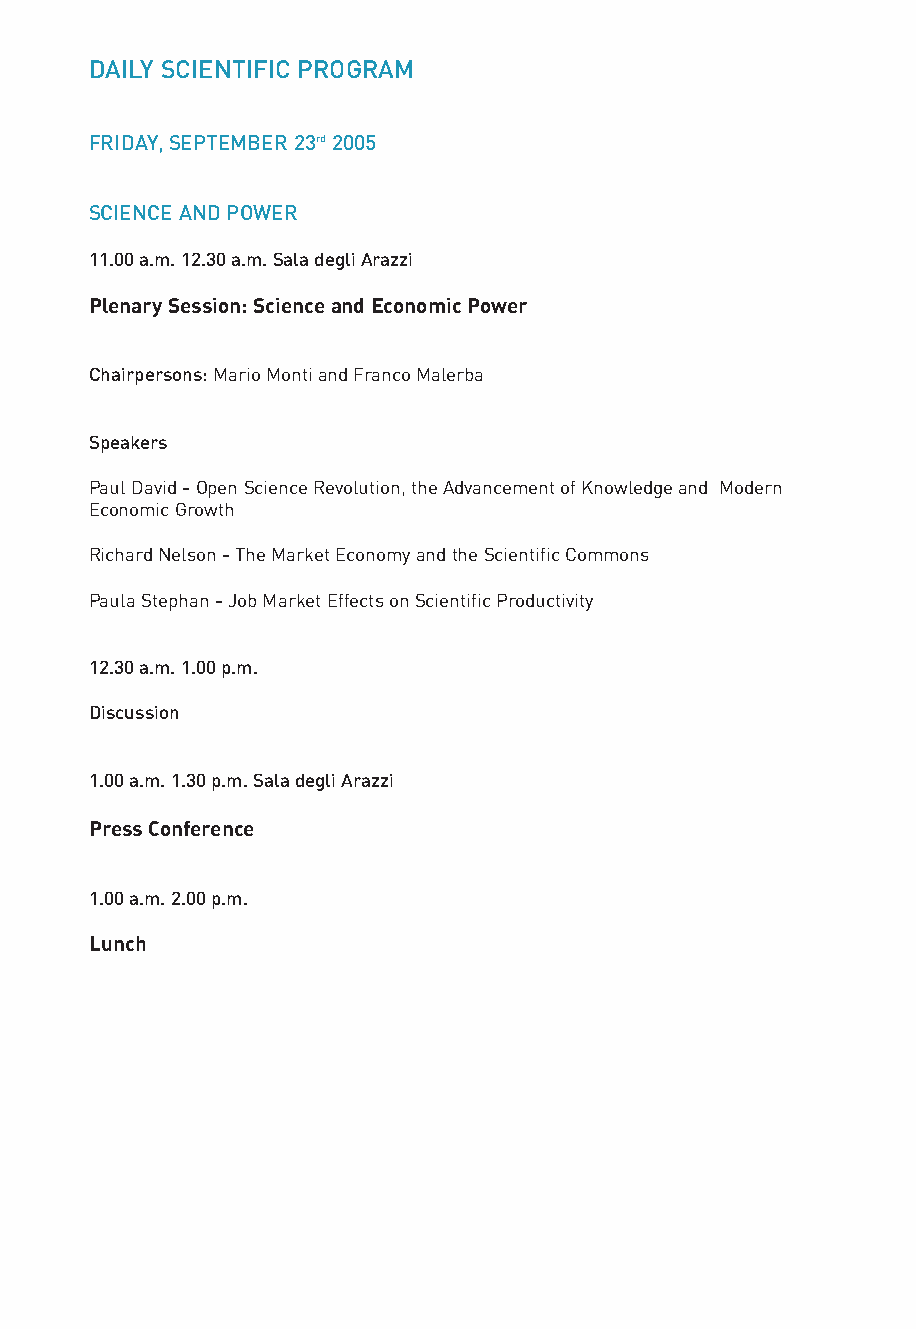
DAILY SCIENTIFIC PROGRAM                                    DAILY SCIENTIFIC PROGRAM
 FRIDAY, SEPTEMBER 23rd2005                                  FRIDAY, SEPTEMBER 23rd2005
 SCIENCE AND POWER                                           SCIENCE AND POWER
 11.00 a.m. 12.30 a.m. Sala degli Arazzi                     2.00 p.m. 5.00 p.m. Sala degli Arazzi
 Plenary Session: Science and Economic Power                 Plenary Session: Science and Political Power
 Chairpersons: Mario Monti and Franco Malerba                Chairpersons: Giuliano Amato and Viktor Chernomyrdin
 Speakers                                                    Speakers
 Paul David - Open Science Revolution, the Advancement of Knowledge and Modern Viktor Chernomyrdin - Role of Science in Political Decision Making
 Economic Growth
 Kathleen Kennedy Townsend - Political Challenges of the New Scientific Revolution
 Richard Nelson - The Market Economy and the Scientific Commons
 Federico Mayor - Science and Society and Priorities
 Paula Stephan - Job Market Effects on Scientific Productivity
 Alberto Martinelli - Science and Democracy
 12.30 a.m. 1.00 p.m.                                        Janez Potocnik - Science and Policy: an EU Perspective
 Discussion
 Discussion
 1.00 a.m. 1.30 p.m. Sala degli Arazzi
 5.00 p.m. 6.00 p.m. Sala degli Arazzi
 Press Conference
 Closure: A Program for the Future
 1.00 a.m. 2.00 p.m.                                         Umberto Veronesi and Marco Tronchetti Provera
 Lunch
 “Carta di Venezia”
 Announcement of the Second World Conference on the Future of Science
 6.00 p.m.
 Farewell Cocktail